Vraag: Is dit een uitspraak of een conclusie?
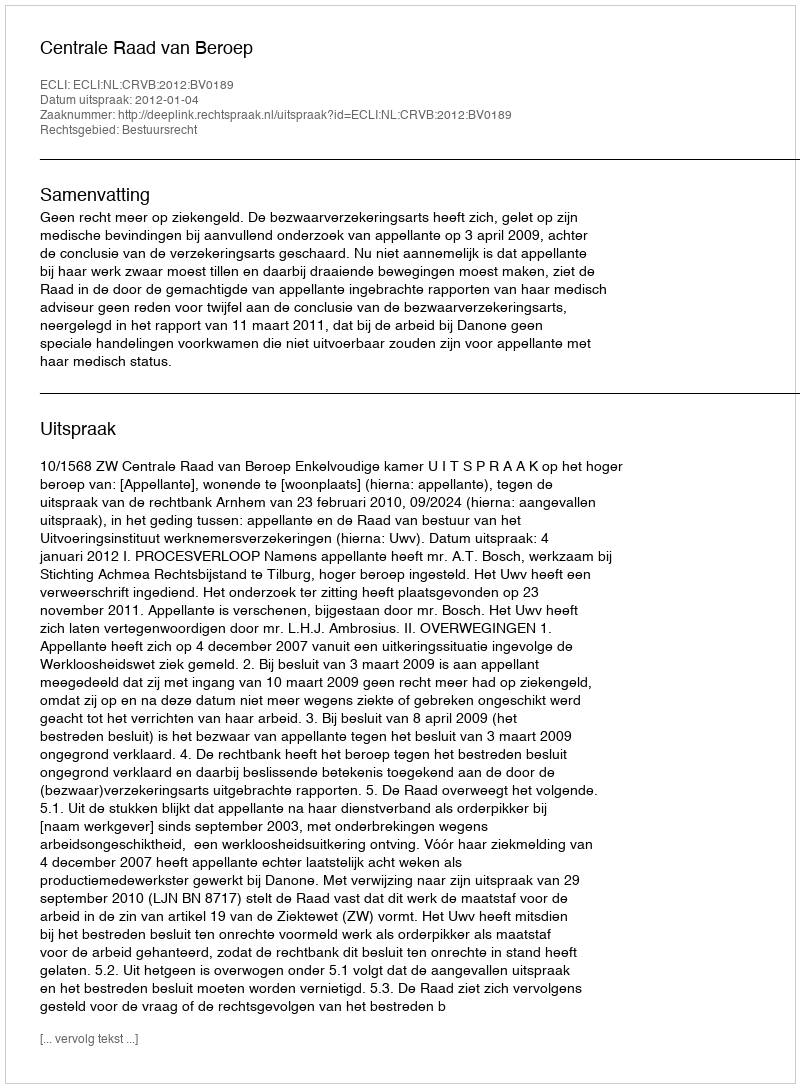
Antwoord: Uitspraak